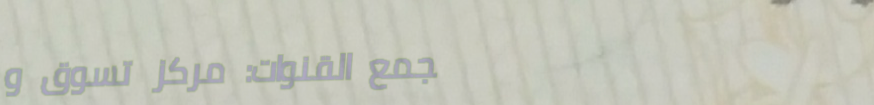
مجمع القنوات: مركز تسوق و